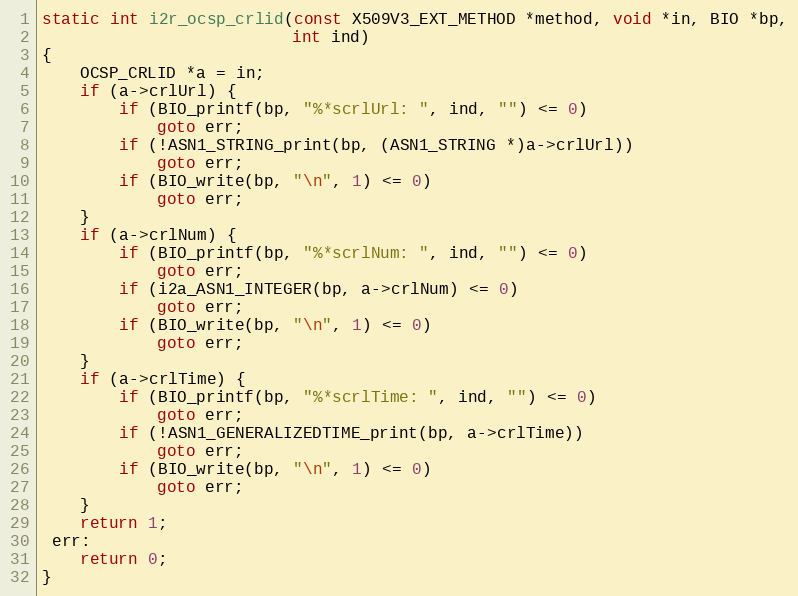
Language: C
static int i2r_ocsp_crlid(const X509V3_EXT_METHOD *method, void *in, BIO *bp,
                          int ind)
{
    OCSP_CRLID *a = in;
    if (a->crlUrl) {
        if (BIO_printf(bp, "%*scrlUrl: ", ind, "") <= 0)
            goto err;
        if (!ASN1_STRING_print(bp, (ASN1_STRING *)a->crlUrl))
            goto err;
        if (BIO_write(bp, "\n", 1) <= 0)
            goto err;
    }
    if (a->crlNum) {
        if (BIO_printf(bp, "%*scrlNum: ", ind, "") <= 0)
            goto err;
        if (i2a_ASN1_INTEGER(bp, a->crlNum) <= 0)
            goto err;
        if (BIO_write(bp, "\n", 1) <= 0)
            goto err;
    }
    if (a->crlTime) {
        if (BIO_printf(bp, "%*scrlTime: ", ind, "") <= 0)
            goto err;
        if (!ASN1_GENERALIZEDTIME_print(bp, a->crlTime))
            goto err;
        if (BIO_write(bp, "\n", 1) <= 0)
            goto err;
    }
    return 1;
 err:
    return 0;
}